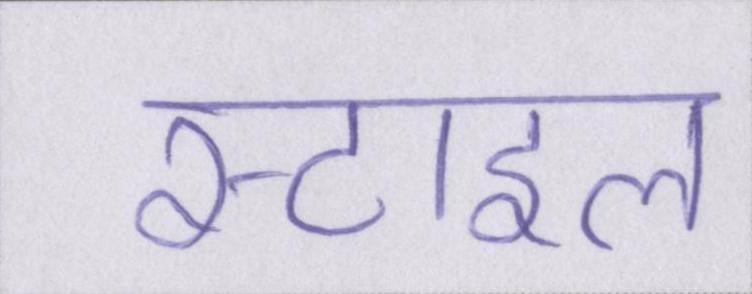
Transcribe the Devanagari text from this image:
स्टाइल